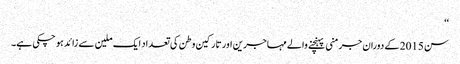
‘‘
سن 2015 کے دوران جرمنی پہنچنے والے مہاجرین اور تارکین وطن کی تعداد ایک ملین سے زائد ہو چکی ہے۔